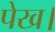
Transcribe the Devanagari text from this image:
पेख।